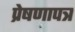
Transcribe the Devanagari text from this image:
प्रेषणापत्र